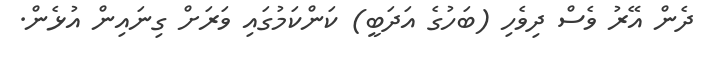
ދެން އޭރު ވެސް ދިވެހި (ބަހުގެ އަދަބީ) ކަންކަމުގައި ވަރަށް ގިނައިން އުޅެން.